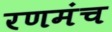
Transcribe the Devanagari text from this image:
रणमंच